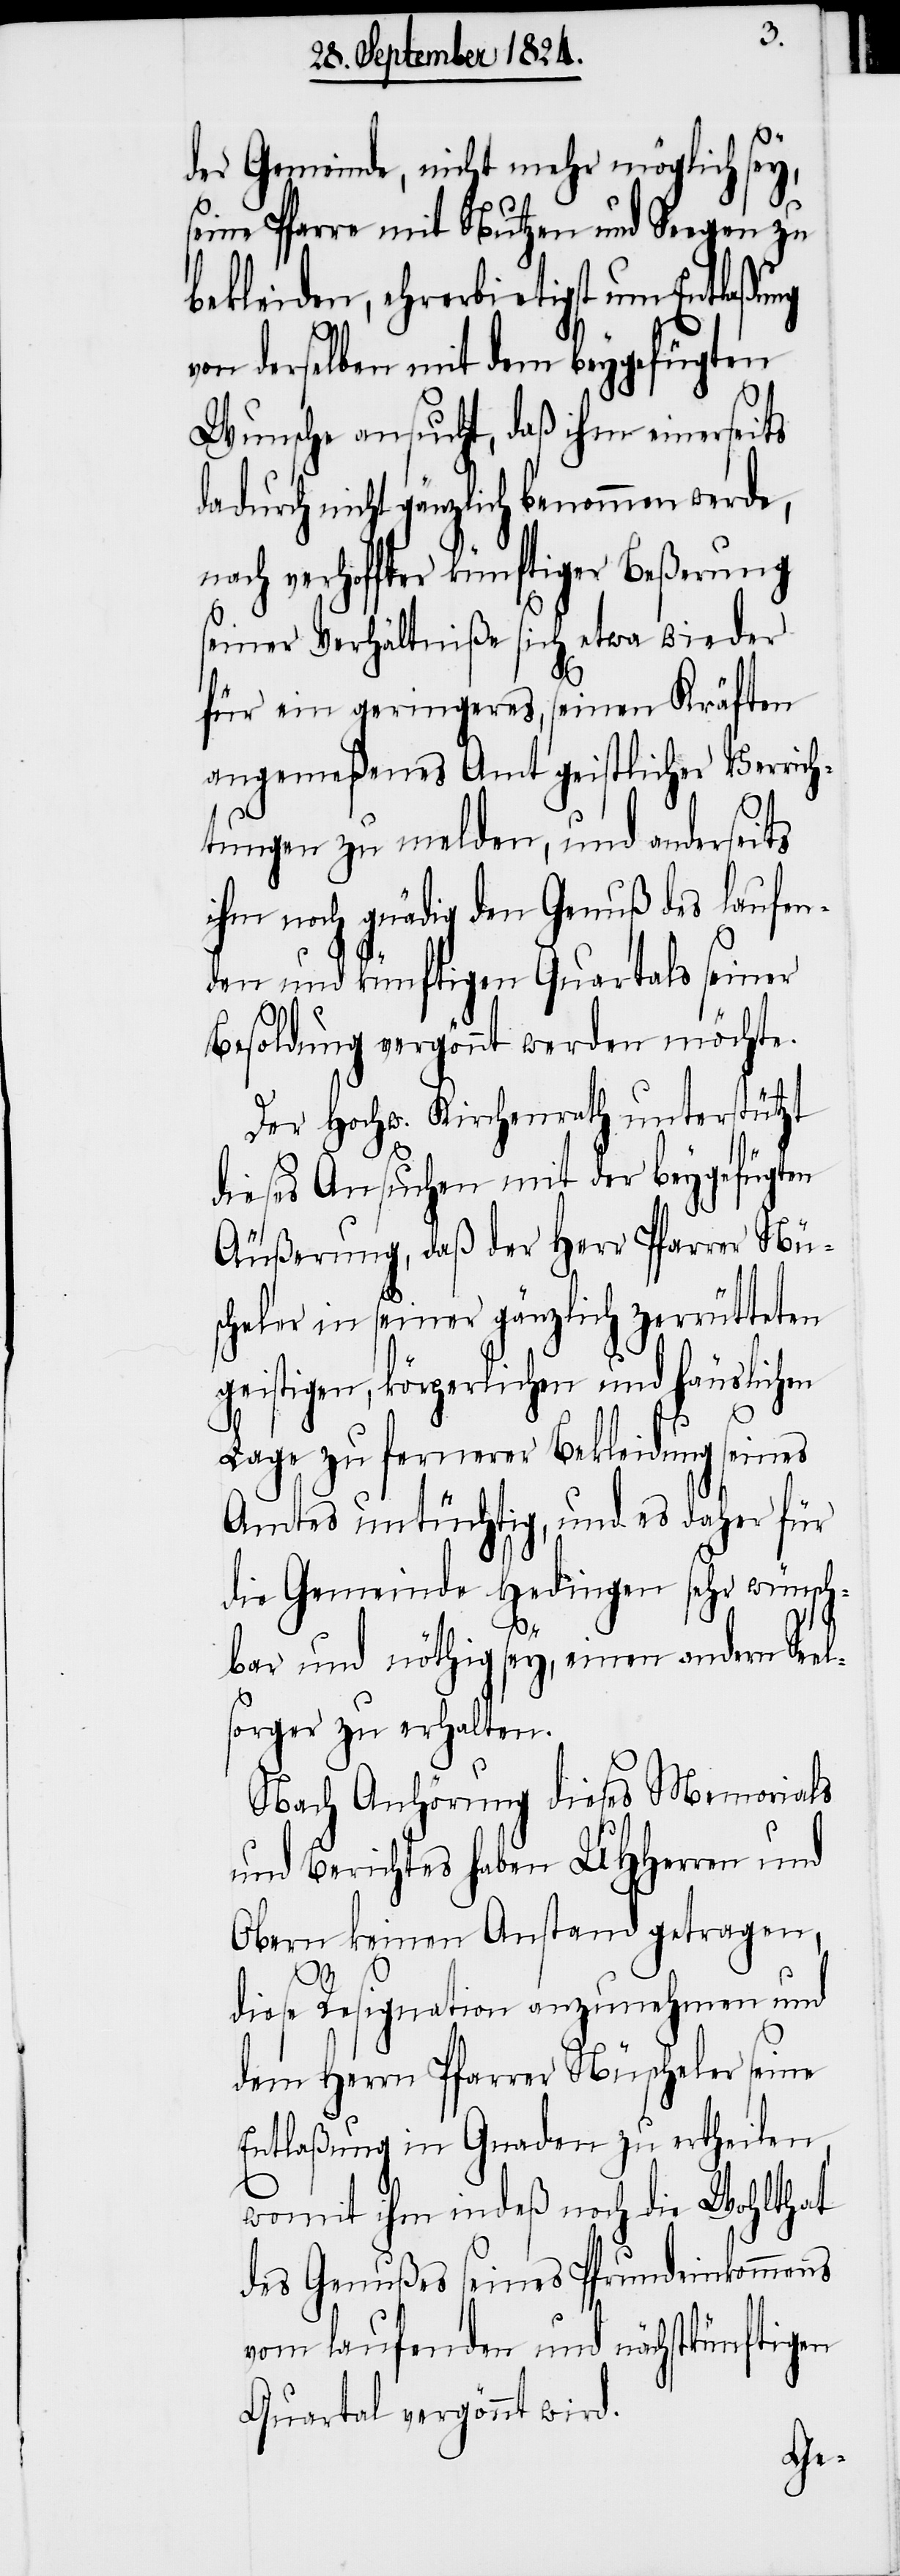
der Gemeinde, nicht mehr möglich sey,
seine Pfarre mit Nutzen und Seegen zu
bekleiden, ehrerbietigst um Entlaßung
von derselben mit dem beygefügten
Wunsche ansucht, daß ihm einerseits
dadurch nicht gänzlich benommen werde,
nach verhoffter künftiger Beßerung
seiner Verhältniße sich etwa wieder
für ein geringeres, seinen Kräften
angemeßenes Amt geistlicher Verrich¬
tungen zu melden, und anderseits
ihm noch gnädig der Genuß des laufen¬
den und künftigen Quartals seiner
Besoldung vergönnt werden möchte.
Der Hochw. Kirchenrath unterstützt
dieses Ansuchen mit der beygefügten
Äußerung, daß der Herr Pfarrer Nü¬
scheler in seiner gänzlich zerrütteten
geistigen, körperlichen und häuslichen
Lage zu fernerer Bekleidung seines
Amtes untüchtig, und es daher für
die Gemeinde Hedingen sehr wünsch¬
bar und nöthig sey, einen andern Seel¬
sorger zu erhalten.
Nach Anhörung dieses Memorials
und Berichtes haben UHHerren und
Obern keinen Anstand getragen,
diese Resignation anzunehmen und
dem Herrn Pfarrer Nüscheler seine
Entlaßung in Gnaden zu ertheilen,
womit ihm indeß noch die Wohlthat
des Genußes seines Pfrundeinkommens
vom laufenden und nächstkünftigen
Quartal vergönnt wird.